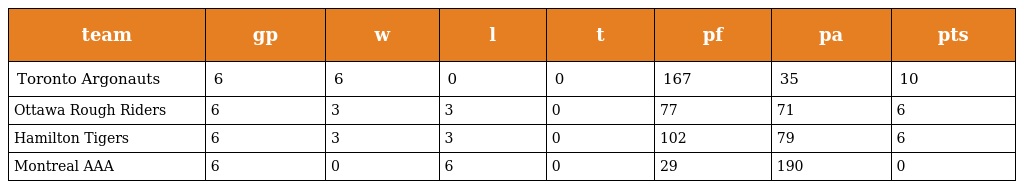
| team | gp | w | l | t | pf | pa | pts |
 | --- | --- | --- | --- | --- | --- | --- | --- |
 | Toronto Argonauts | 6 | 6 | 0 | 0 | 167 | 35 | 10 |
 | Ottawa Rough Riders | 6 | 3 | 3 | 0 | 77 | 71 | 6 |
 | Hamilton Tigers | 6 | 3 | 3 | 0 | 102 | 79 | 6 |
 | Montreal AAA | 6 | 0 | 6 | 0 | 29 | 190 | 0 |